Report of the Bombay Veterinary College
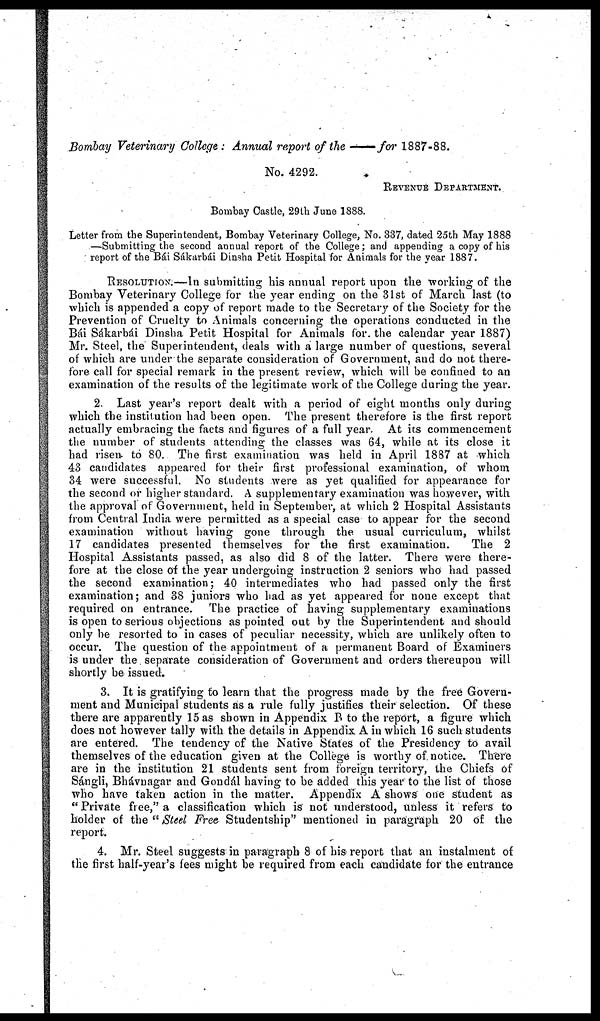
Bombay Veterinary College: Annual report of the —for
1887-88.
No. 4292.
REVENUE DEPARTMENT.
Bombay Castle, 29th June 1888.
Letter from the Superintendent, Bombay Veterinary College, No. 337, dated 25th May 1888
—Submitting the second annual report of the College; and appending a copy of his
report of the Bái Sákarbái Dinsha Petit Hospital for Animals for the year 1887.
RESOLUTION.-In
submitting his annual report upon the working of the
Bombay Veterinary College for the year ending on the 31st of March last (to
which is appended a copy of report made to the Secretary of the Society for the
Prevention of Cruelty to Animals concerning the operations conducted in the
Bái Sákarbái Dinsha Petit Hospital for Animals for. the calendar year 1887)
Mr. Steel, the Superintendent, deals with a large number of questions, several
of which are under the separate consideration of Government, and do not there-
fore call for special remark in the present review, which will be confined to an
examination of the results of the legitimate work of the College during the year.
2. Last year's report dealt with a period of eight months only during
which the institution had been open. The present therefore is the first report
actually embracing the facts and figures of a full year. At its commencement
the number of students attending the classes was 64, while at its close it
had risen to 80. The first examination was held in April 1887 at which
43 candidates appeared for their first professional examination, of whom
34 were successful. No students were as yet qualified for appearance for
the second or higher standard. A supplementary examination was however, with
the approval of Government, held in September, at which 2 Hospital Assistants
from Central India were permitted as a special case to appear for the second
examination without having gone through the usual curriculum, whilst
17 candidates presented themselves for the first examination.
The 2
Hospital Assistants passed, as also did 8 of the latter. There were there-
fore at the close of the year undergoing instruction 2 seniors who had passed
the second examination; 40 intermediates who had passed only the first
examination; and 38 juniors who had as yet appeared for none except that
required on entrance. The practice of having supplementary examinations
is open to serious objections as pointed out by the Superintendent and should
only be resorted to in cases of peculiar necessity, which are unlikely often to
occur. The question of the appointment of a permanent Board of Examiners
is under the separate consideration of Government and orders thereupon will
shortly be issued.
3. It is gratifying to learn that the progress made by the free Govern-
ment and Municipal students as a rule fully justifies their selection. Of these
there are apparently 15 as shown in Appendix B to the report, a figure which
does not however tally with the details in Appendix A in which 16 such students
are entered. The tendency of the Native States of the Presidency to avail
themselves of the education given at the College is worthy of notice. There
are in the institution 21 students sent from foreign territory, the Chiefs of
Sángli, Bhávnagar and Gondál having to be added this year to the list of those
who have taken action in the matter. Appendix A shows one student as
"Private free," a classification which is not understood, unless it refers to
holder of the "Steel Free Studentship" mentioned in paragraph 20 of the
report.
4. Mr. Steel suggests in paragraph 8 of his report that an instalment of
the first half-year's fees might be required from each candidate for the entrance